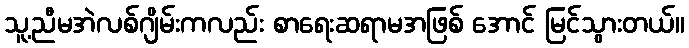
သူ့ညီမအဲလစ်ဂျိမ်းကလည်း စာရေးဆရာမအဖြစ် အောင် မြင်သွားတယ်။